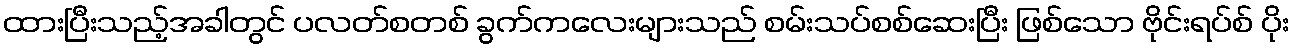
ထားပြီးသည့်အခါတွင် ပလတ်စတစ် ခွက်ကလေးများသည် စမ်းသပ်စစ်ဆေးပြီး ဖြစ်သော ဗိုင်းရပ်စ် ပိုး